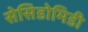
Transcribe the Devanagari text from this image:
सेसिडोमिडी